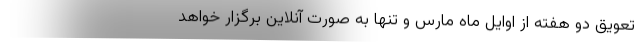
تعویق دو هفته از اوایل ماه مارس و تنها به صورت آنلاین برگزار خواهد